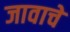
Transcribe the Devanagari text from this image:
जावाचे